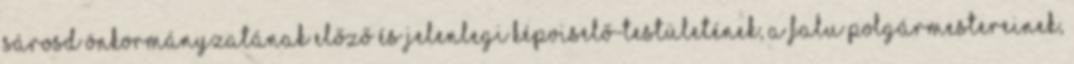
Sárosd önkormányzatának előző és jelenlegi képviselő-testületének, a falu polgármestereinek,